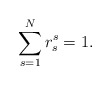
\begin{align*}\sum_{s=1}^{N}r_{s}^{s} = 1. \end{align*}